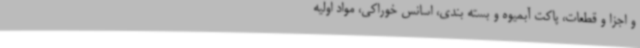
و اجزا و قطعات، پاکت آبمیوه و بسته بندی، اسانس خوراکی، مواد اولیه